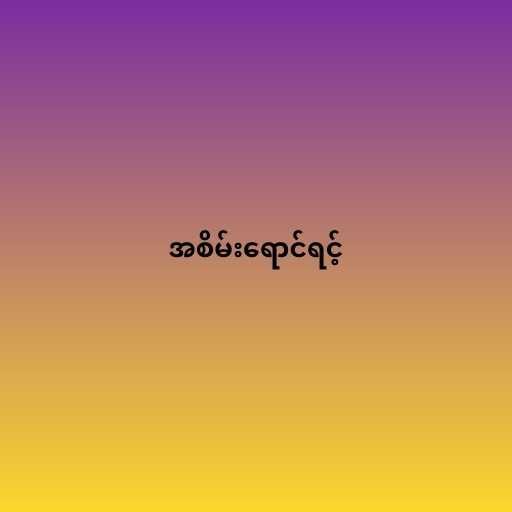
အစိမ်းရောင်ရင့်